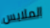
الملابس